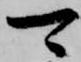
可